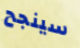
سينجح